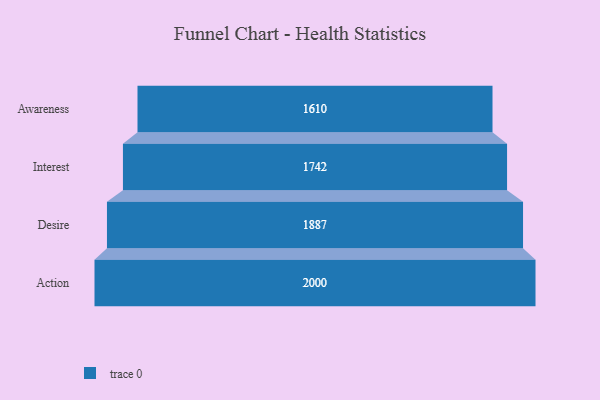
{"axis": {"x": "Stage", "y": "Value"}, "legend": [""], "data": [{"x": "Awareness", "y": 1610.0, "type": ""}, {"x": "Interest", "y": 1742.0, "type": ""}, {"x": "Desire", "y": 1887.0, "type": ""}, {"x": "Action", "y": 2000, "type": ""}]}